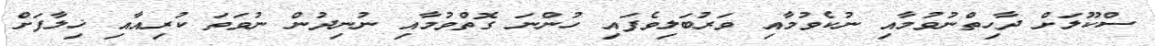
ސްކޫލަށް ދާހިތްނުވުމާއި ނުކެވުމާއި ވަރުބަލިވެފައި ހުންނަ ގޮތްވުމާއި ނުނިދުން ނުވަތަ ކުރިއާއި ޚިލާފަށް